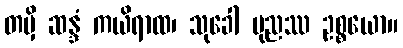
တမှိ ဆန္ဒံ ကယိရာထ၊ သုခေါ ပုညဿ ဥစ္စယော။